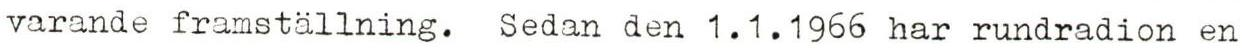
varande framställning. Sedan den 1.1.1966 har rundradion en